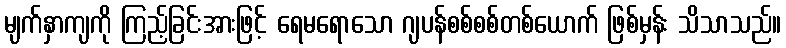
မျက်နှာကျကို ကြည့်ခြင်းအားဖြင့် ရေမရောသော ဂျပန်စစ်စစ်တစ်ယောက် ဖြစ်မှန်း သိသာသည်။